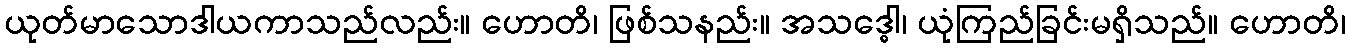
ယုတ်မာသောဒါယကာသည်လည်း။ ဟောတိ၊ ဖြစ်သနည်း။ အသဒ္ဓေါ၊ ယုံကြည်ခြင်းမရှိသည်။ ဟောတိ၊